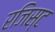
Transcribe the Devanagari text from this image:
रजिस्ट